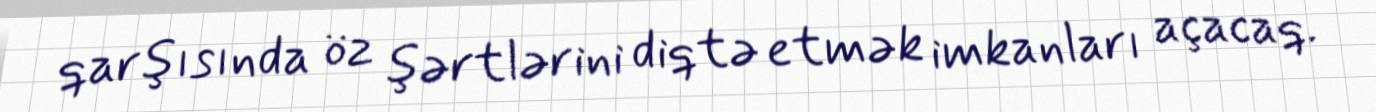
qarşısında öz şərtlərini diqtə etmək imkanları açacaq.